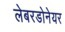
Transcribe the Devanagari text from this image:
लेबरडोनेयर